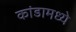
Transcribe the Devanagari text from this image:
कांडामध्ये